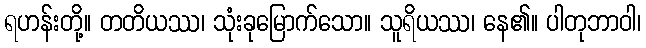
ရဟန်းတို့။ တတိယဿ၊ သုံးခုမြောက်သော။ သူရိယဿ၊ နေ၏။ ပါတုဘာဝါ၊